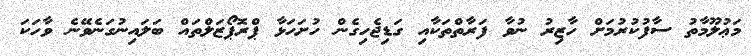
މަޢުލޫމާތު ސާފުކުރުމަށް ހާޒިރު ނުވާ ފަރާތްތަކާއި ގަޑިޖެހިގެން ހުށަހަޅާ ޕްރޮޕޯޒަލްތައް ބަލައިނުގަނެވޭނެ ވާހަކަ